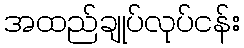
အထည်ချုပ်လုပ်ငန်း